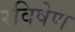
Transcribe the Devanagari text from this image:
रविषेण